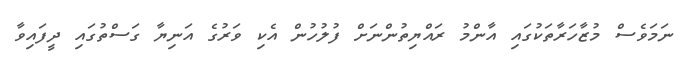
ނަމަވެސް މުޒާހަރާތަކުގައި އާންމު ރައްޔިތުންނަށް ފުލުހުން އެކި ވަރުގެ އަނިޔާ ގަސްތުގައި ދީފައިވާ